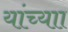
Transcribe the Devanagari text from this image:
यांच्याा